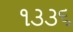
૧૩૩૬